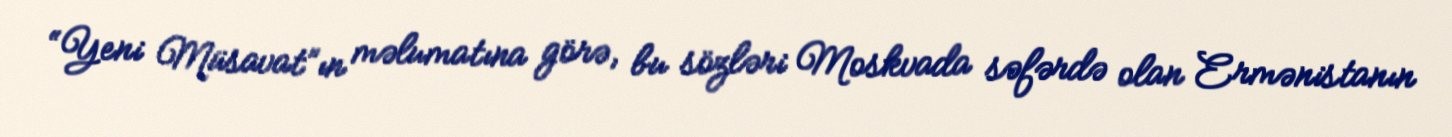
“Yeni Müsavat”ın məlumatına görə, bu sözləri Moskvada səfərdə olan Ermənistanın